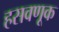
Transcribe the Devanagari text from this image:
हसवणूक